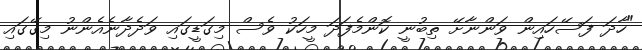
"ހާދަ ފަސޭހައިން ވަންނާށޭ ތިބުނީ ކޮންމެފަދަ މީހަކު ވެސް މިގަޑީގައި ވަދެދާނެއެންނު މިގޭގައި